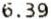
6.39